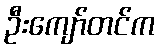
ဦးကျော်တင်က